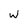
Character: W